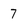
Character: 7